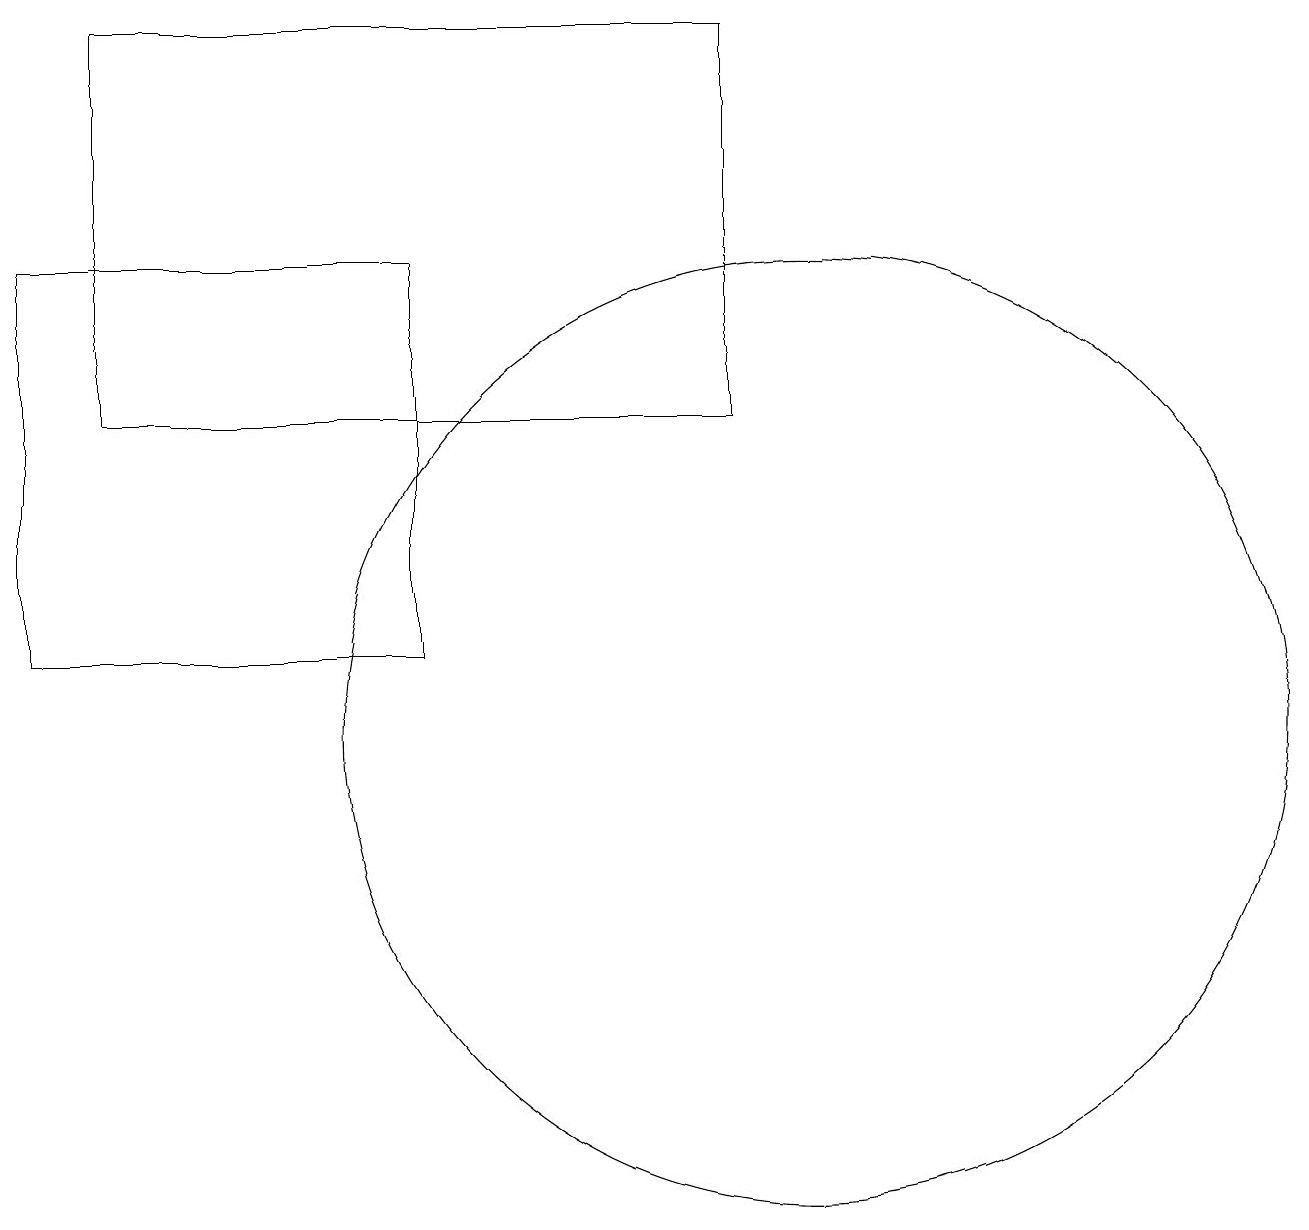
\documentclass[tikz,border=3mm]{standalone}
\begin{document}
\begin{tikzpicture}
\draw (9,14) rectangle (1,19);
\draw (5,11) rectangle (0,16);
\draw (10,10) circle (6);
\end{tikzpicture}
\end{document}